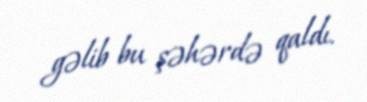
gəlib bu şəhərdə qaldı.